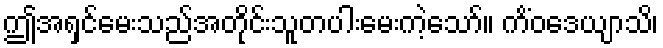
ဤအရှင်မေးသည်အတိုင်းသူတပါးမေးကဲ့သော်။ ကိံဝဒေယျာသိ၊